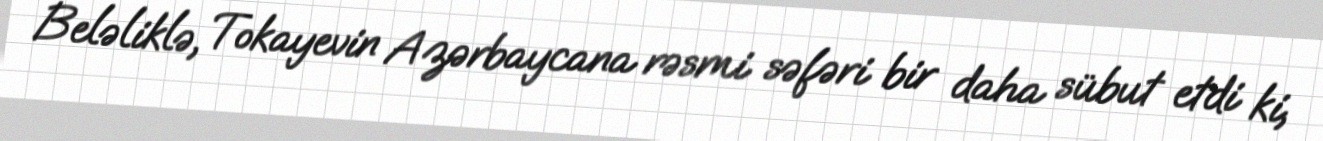
Beləliklə, Tokayevin Azərbaycana rəsmi səfəri bir daha sübut etdi ki,